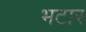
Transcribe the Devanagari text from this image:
भटार